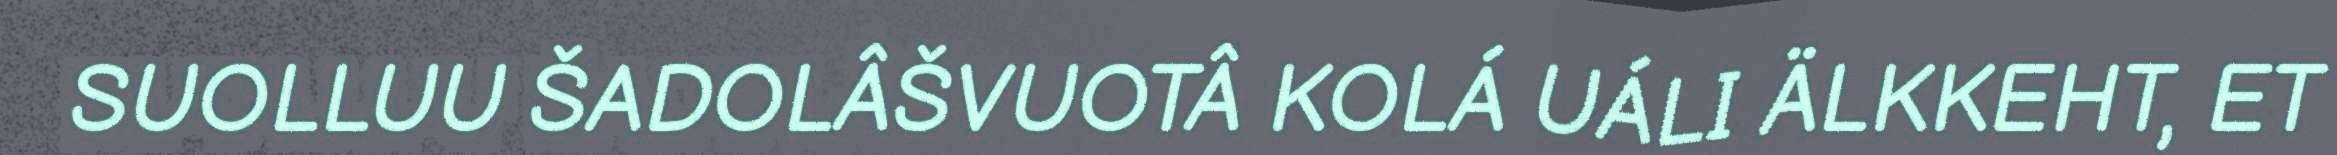
SUOLLUU ŠADOLÂŠVUOTÂ KOLÁ UÁLI ÄLKKEHT, ET